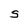
Character: S